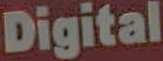
Digital